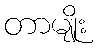
တာမျိုး